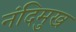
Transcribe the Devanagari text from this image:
नंदिमुख